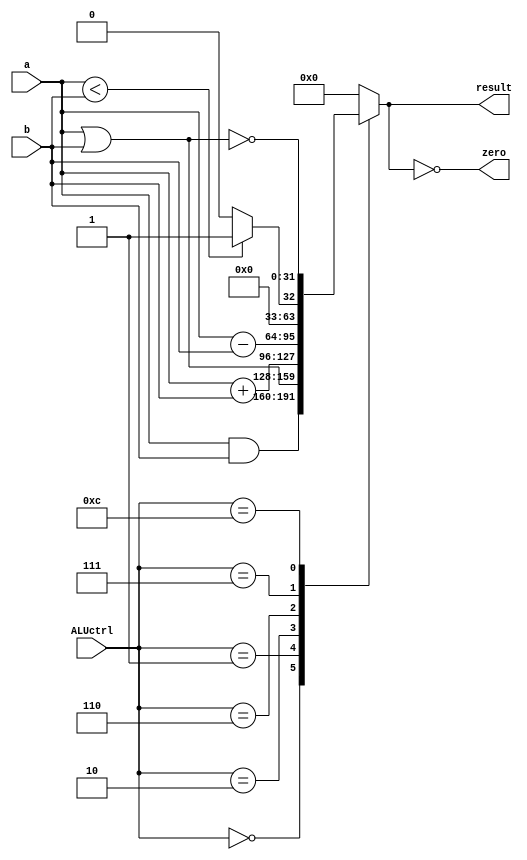
`timescale 1ns / 1ps
//////////////////////////////////////////////////////////////////////////////////
// Company: 
// Engineer: 
// 
// Design Name: 
// Module Name: alu
// Project Name: 
// Target Devices: 
// Tool Versions: 
// Description: 
// 
// Dependencies: 
// 
// Revision:
// Revision 0.01 - File Created
// Additional Comments:
// 
//////////////////////////////////////////////////////////////////////////////////


module alu 
    #(parameter size = 32)
    (input [size-1:0] a,
    input [size-1:0] b,
    input [3:0] ALUctrl,
    output reg [size-1:0] result,
    output zero
    );    
    assign zero = (result == 0);
    always @(*) begin
        case (ALUctrl)
            4'b0000: result = a & b;
            4'b0001: result = a | b;
            4'b0010: result = a + b;
            4'b0110: result = a - b;
            4'b0111: result = a < b ? 1 : 0;
            4'b1100: result = ~(a | b);
            default: result = 0;
        endcase
    end
endmodule